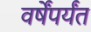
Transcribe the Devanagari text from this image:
वर्षेंपर्यंत